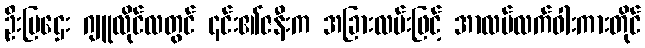
ဦးမြဌေး ဂျူလိုင်လတွင် ၎င်း၏ဇနီးက အခြားလမ်းဖြင့် အာလမ်လက်ဝါးကားတိုင်